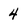
Character: 4